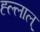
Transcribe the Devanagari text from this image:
ह्ल्लाल्